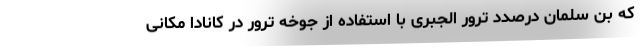
که بن سلمان درصدد ترور الجبری با استفاده از جوخه ترور در کانادا مکانی